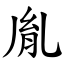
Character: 胤